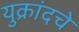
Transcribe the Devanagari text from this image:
युक्रांदचे